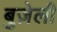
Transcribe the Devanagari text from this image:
बुज़ेली